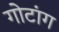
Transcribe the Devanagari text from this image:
गोटांग